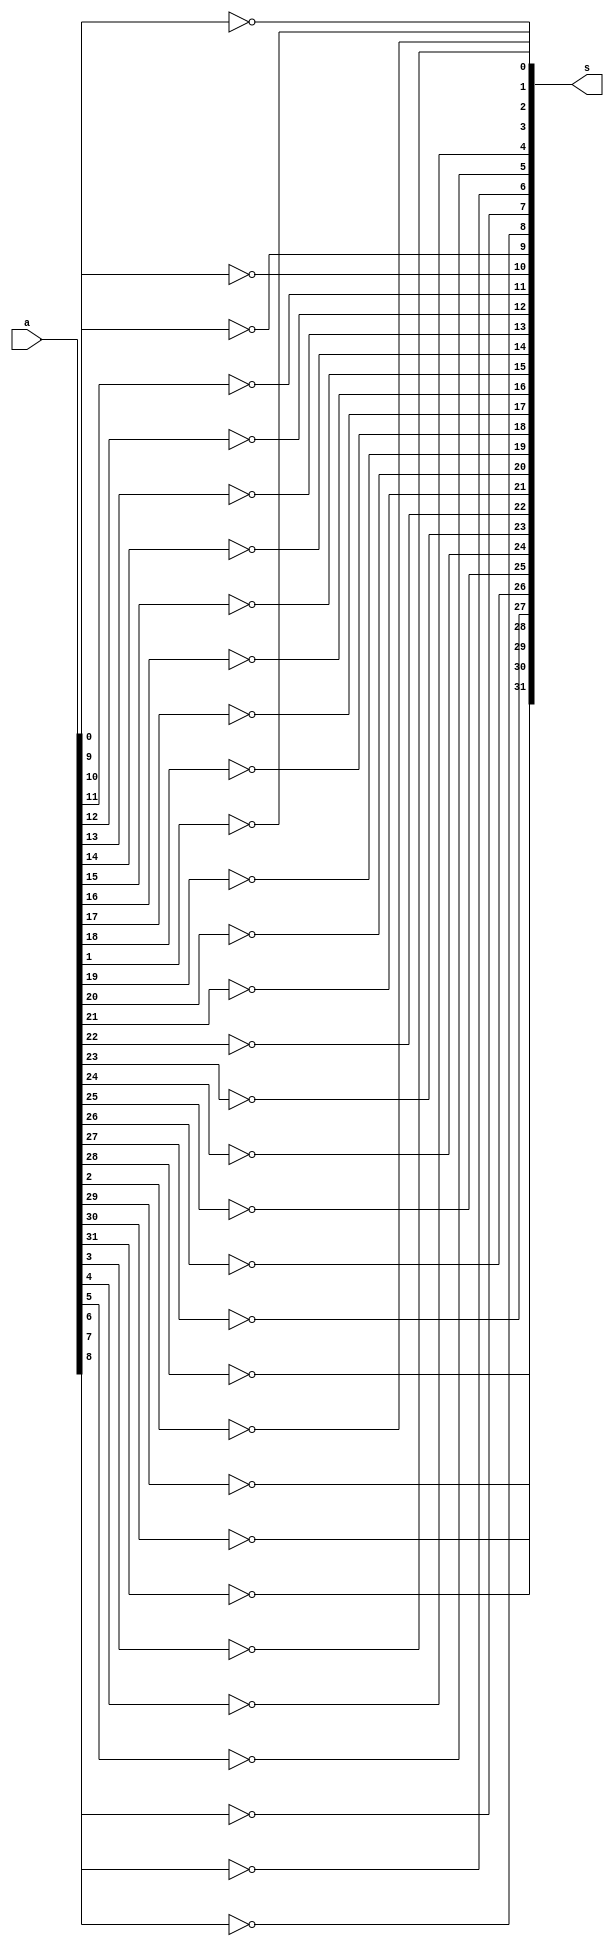
`timescale 1ns / 1ps

module Not_32bit(
    input [31:0] a,
    output [31:0] s
    );
    
not a1 (s[0],a[0]);
not a2 (s[1],a[1]);
not a3 (s[2],a[2]);
not a4 (s[3],a[3]);
not a5 (s[4],a[4]);
not a6 (s[5],a[5]);
not a7 (s[6],a[6]);
not a8 (s[7],a[7]);
not a9 (s[8],a[8]);
not a10 (s[9],a[9]);
not a11 (s[10],a[10]);
not a12 (s[11],a[11]);
not a13 (s[12],a[12]);
not a14 (s[13],a[13]);
not a15 (s[14],a[14]);
not a16 (s[15],a[15]);
not a17 (s[16],a[16]);
not a18 (s[17],a[17]);
not a19 (s[18],a[18]);
not a20 (s[19],a[19]);
not a21 (s[20],a[20]);
not a22 (s[21],a[21]);
not a23 (s[22],a[22]);
not a24 (s[23],a[23]);
not a25 (s[24],a[24]);
not a26 (s[25],a[25]);
not a27 (s[26],a[26]);
not a28 (s[27],a[27]);
not a29 (s[28],a[28]);
not a30 (s[29],a[29]);
not a31 (s[30],a[30]);
not a32 (s[31],a[31]);

endmodule